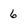
Character: 6